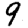
Digit: 9